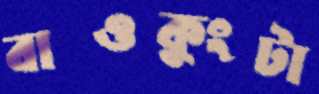
বাওকুংটা